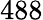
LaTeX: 488